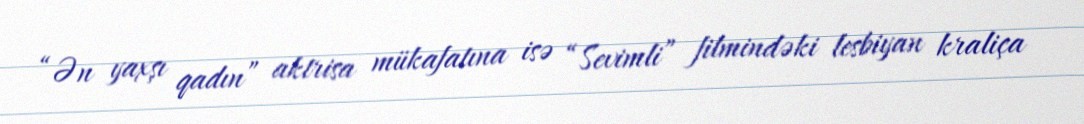
“Ən yaxşı qadın” aktrisa mükafatına isə “Sevimli” filmindəki lesbiyan kraliça